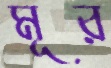
মূর